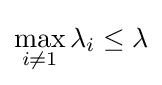
\max _{i\neq 1}\lambda _{i}\leq \lambda